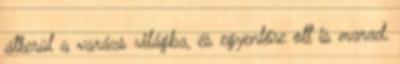
átkerül a varázs világba, és egyenlőre ott is marad,